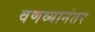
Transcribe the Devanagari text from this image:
वणव्यानंतर